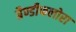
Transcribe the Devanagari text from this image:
ग्रैण्डीफलोरा